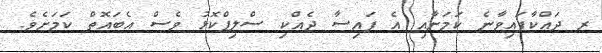
ރ ދައްކާފައިވާނެ ކަމަށާއި އެ ފައިސާ ދެއްކި ސްލިޕްކޮޅު ވެސް އެބައޮތް ކަމަށެވެ.